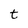
Character: t